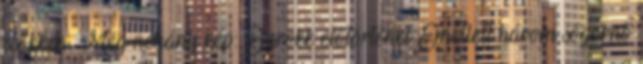
csökken. Még néhány kép: Barokk előtörténet Emellett három sógornő